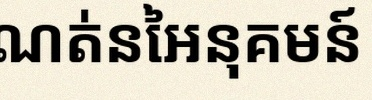
រកដែនកំណត់នៃអនុគមន៍